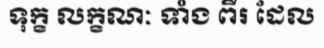
ទុក្ខ លក្ខណៈ ទាំង ពីរ ដែល